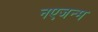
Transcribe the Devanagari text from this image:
नएजन्म